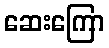
ဆေးကြော